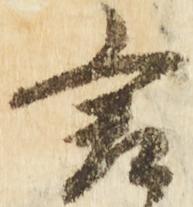
言